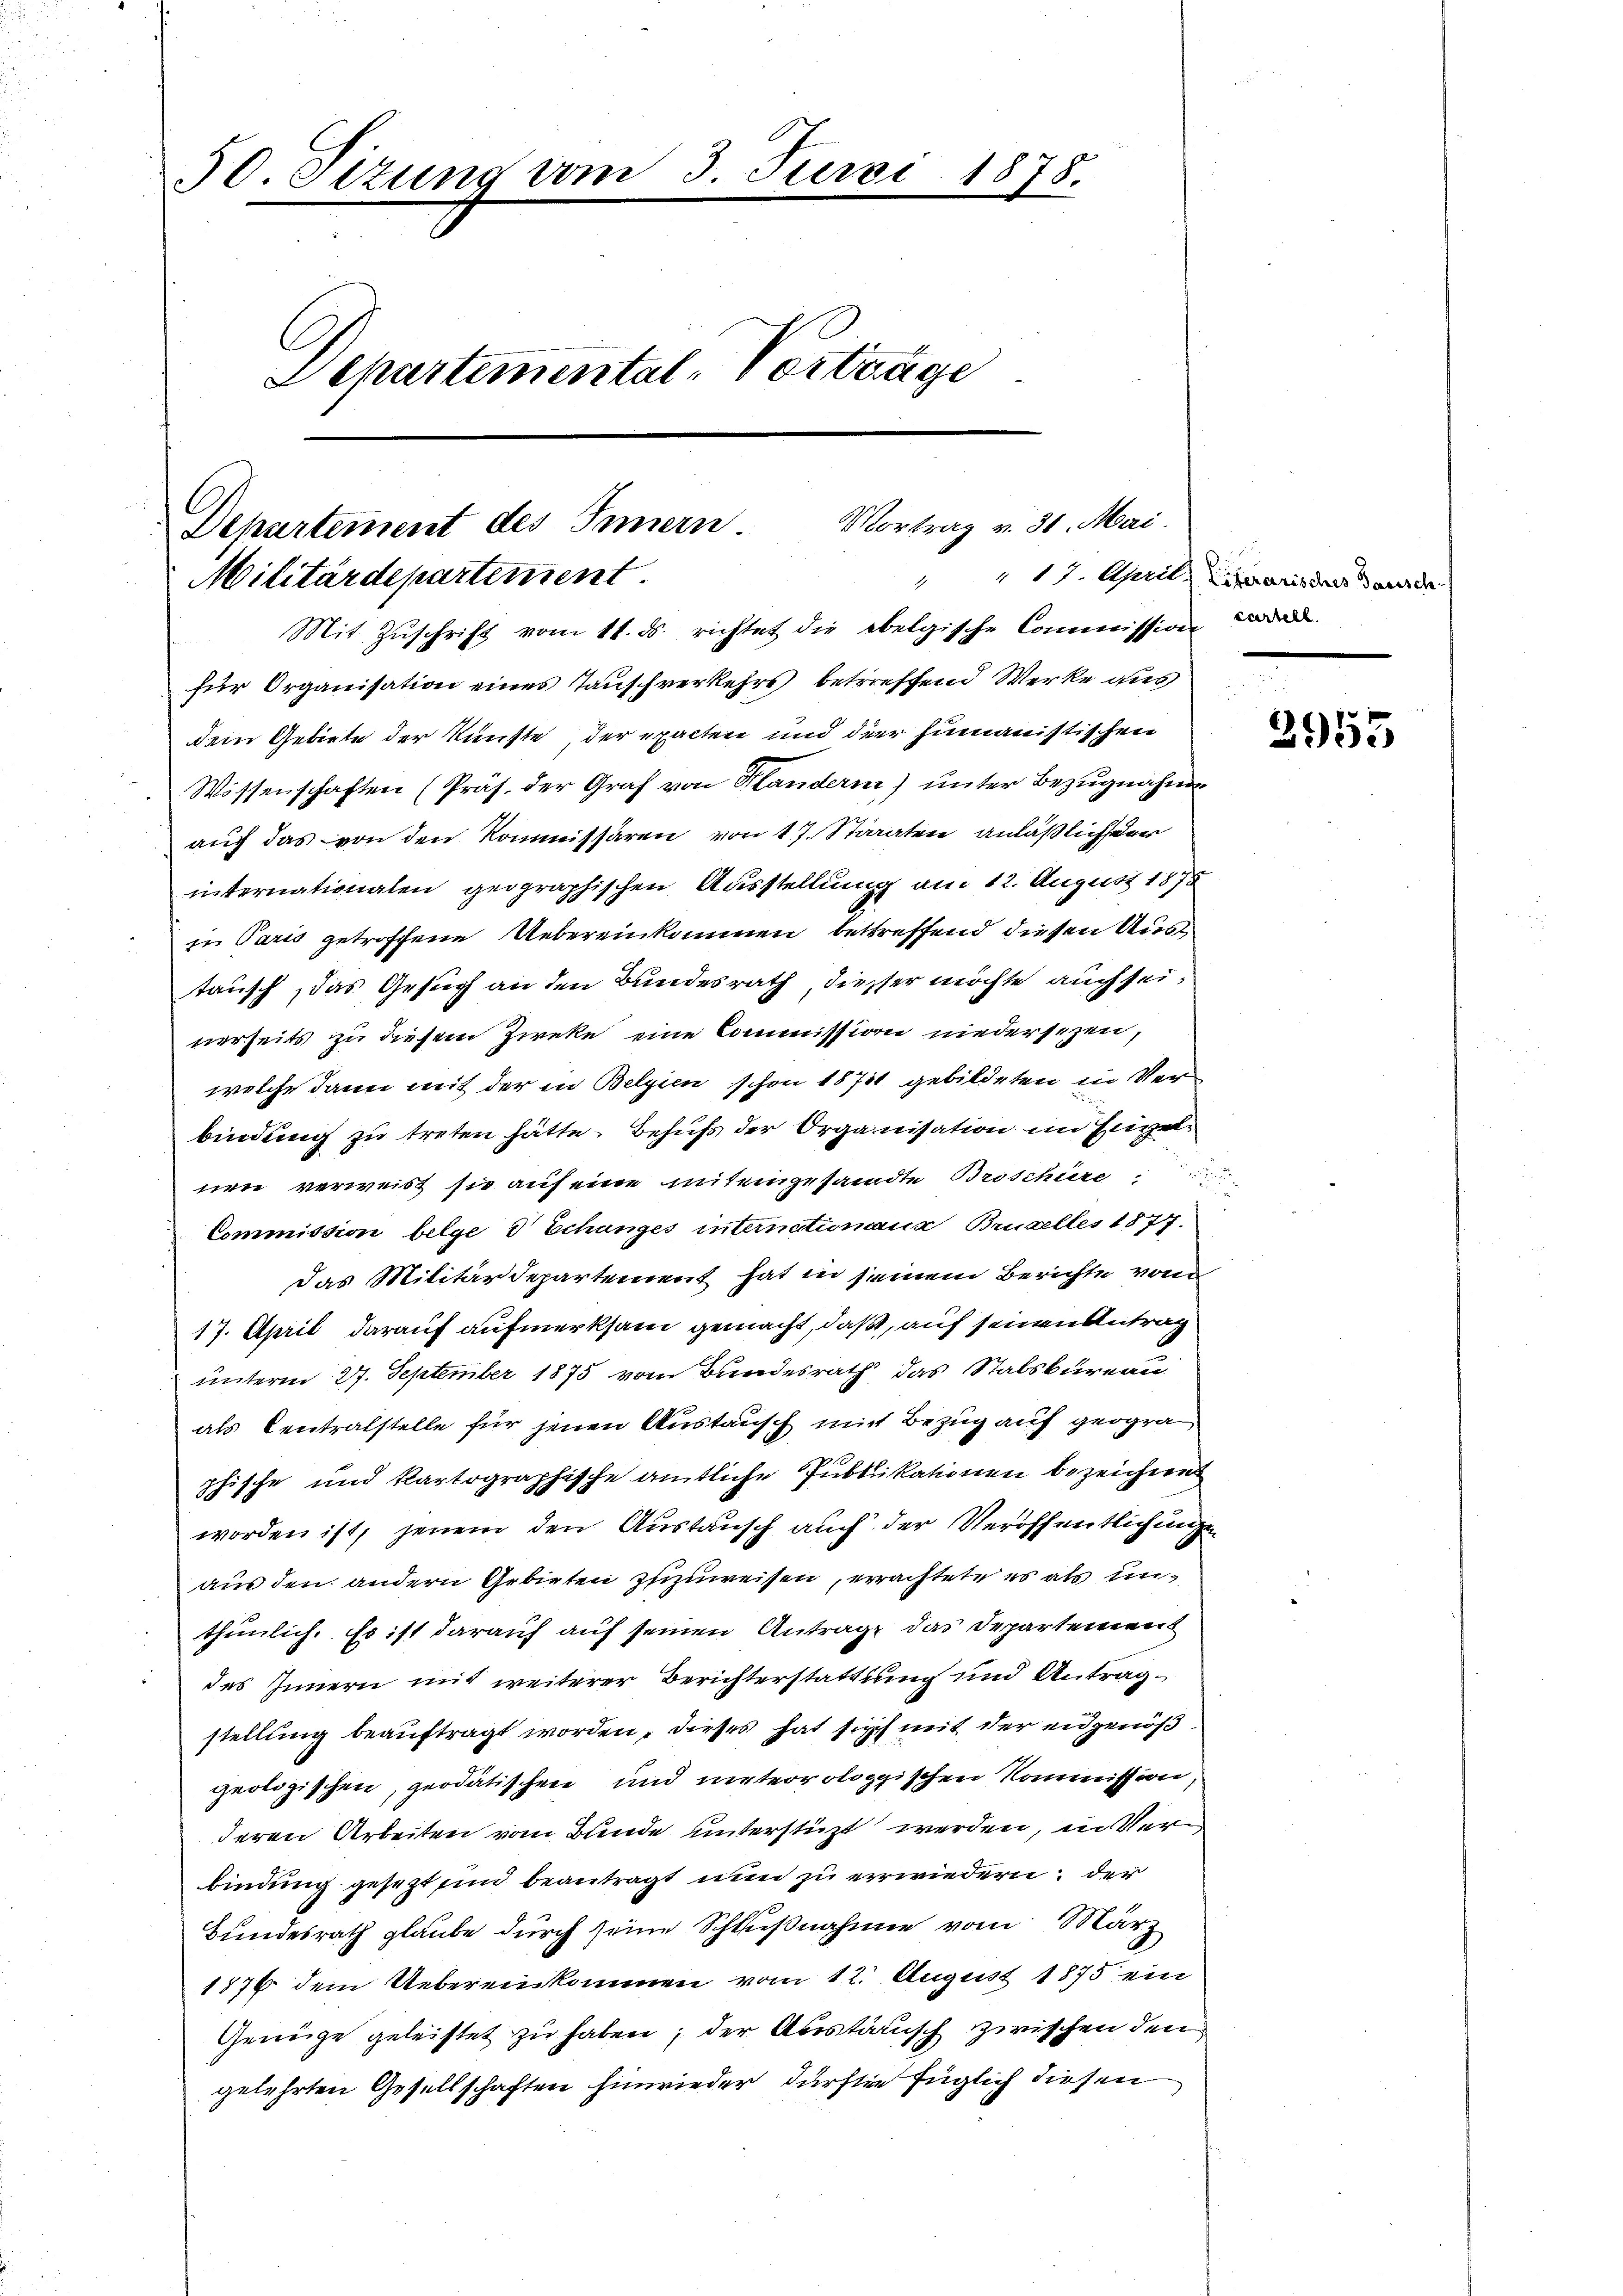
50. Sizung vom 3. Juni 1878.
C
Departemental Vertrage

l
Departement des Innern Vortrag v. 31. Mai.
Militärdepartement
Mit Zuschrift vom 11. ds. richtet die obelgische Commission wird

für Organisation eines Tauschverkehrs betreffend Werke aus
dem Gebiete der Künste der exacten und der humanistischen
Wissenschaften (Präs. der Graf von Plandern) unter Bezugnahme
auf das von den Kommissären von 17. Staaten anläßlicher
internationalen geographischen Ausstellung am 12. August 1875
in Paris getroffene Uebereinkommen betreffend diesen Austausch, das Gesuch an den Bundesrath dieser möchte auch sei,
nerseits zu diesem Zieke eine Commission niedersezen,
welche dann mit der in Belgien schon 1871 gebildeten in Verbindung zu treten hätte. Behufs der Organisation im Engel
nen verweist sie auf eine miteingesandte Broschüre,
Commission belge d Echanges internatimana Bruselles 1877.
Das Militärdepartement hat in seinem Berichte von
17. April darauf aufmerksam gemacht, daß, auf seinen Antrag
unterm 27. September 1875 vom Bundesrath das Stabsbureau
als Centralstelle für jenen Austausch mit Bezug auf geogra
phische und kartographische amtliche Publikationen bezeichnen
worden ist, jenem den Austausch auch der Veröffentlichungen
aus den andern Gebieten zuzuweisen, erachtete es als unthunlich. Es ist darauf auf seinen Antrag das Departement
des Innern mit weiterer Berichterstattung und Antragstellung beauftragt worden, dieses hat sich mit der eidgenößgeologischen, geodätischen und meteorologischen Kommission,
deren Arbeiten vom Bunde unterstüzt werden, in Verbindung gesezt sind beantragt nun zu erwiedern, der
Bundesrath glaube durch seine Schlußnahme vom März
1876 dem Uebereinkommen vom 12. August 1875 ein
Genüge geleistet zu haben, der Abstorisch zwischen den
gelehrten Gesellschaften hinwieder dürften füglich diesen

" 17. April, Literarisches Tausch.

2953